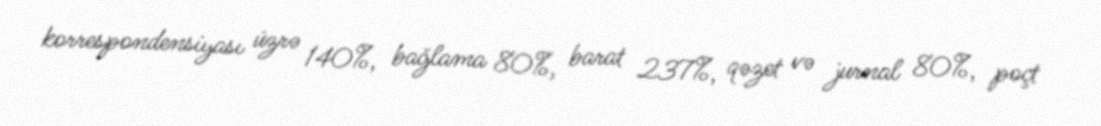
korrespondensiyası üzrə 140%, bağlama 80%, barat 237%, qəzet və jurnal 80%, poçt